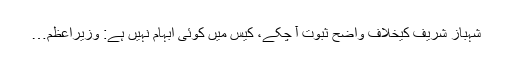
شہباز شریف کیخلاف واضح ثبوت آ چکے، کیس میں کوئی ابہام نہیں ہے: وزیراعظم…